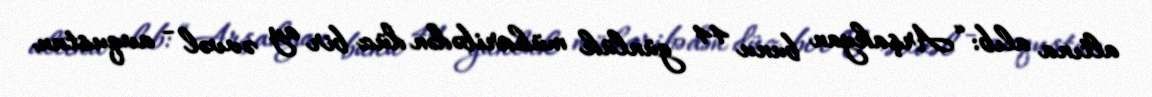
altına alıb: “Arşakyan bunu 44 günlük müharibədən düz bir ay əvvəl - avqustun